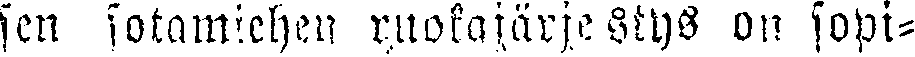
sen sotamiehen ruokajärjestys on sopi-